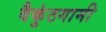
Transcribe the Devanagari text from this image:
वैकुंठगामी